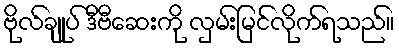
ဗိုလ်ချုပ် ဒီဗီဆေးကို လှမ်းမြင်လိုက်ရသည်။